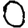
Digit: 0